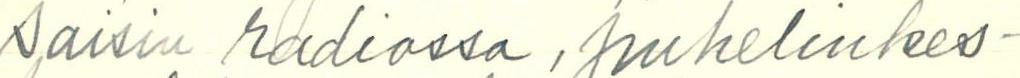
saisin radiossa, puhelinkes-